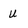
Character: u